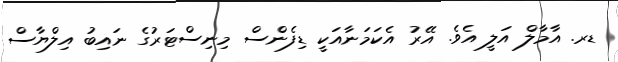
ޑރ. އާމާލް އަލީ އެވެ. އޭރު އެކަމަނާއަކީ ޑިފެންސް މިނިސްޓަރުގެ ނައިބު އިލްޔާސް